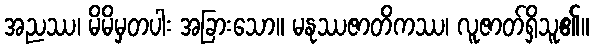
အညဿ၊ မိမိမှတပါး အခြားသော။ မနုဿဇာတိကဿ၊ လူဇာတ်ရှိသူ၏။